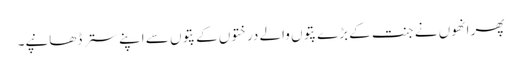
پھر انھوں نے جنت کے بڑے پتوں والے درختوں کے پتوں سے اپنے ستر ڈھانپے۔